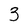
Character: 3